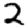
Digit: 2